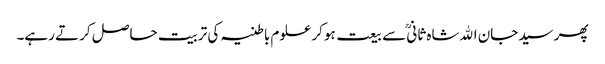
پھر سیدجان اﷲشاہ ثانیؒ سے بیعت ہوکر علوم باطنیہ کی تربیت حاصل کرتے رہے۔